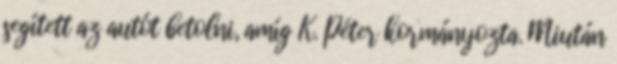
segített az autót betolni, amíg K. Péter kormányozta. Miután